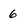
Character: 6